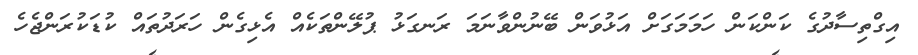
އިގްތިސާދުގެ ކަންކަން ހަމަމަގަށް އަޅުވަން ބޭނުންވާނަމަ ރަނގަޅު ޕުލޭންތަކެއް އެޅިގެން ހަރަދުތައް ކުޑަކުރަންޖެހެ